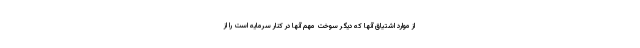
از موارد اشتیاق آنها که دیگر سوخت مهم آنها در کنار سرمایه است را از